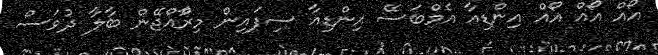
އޯއް އޯއް އޯއް އިންޑިއާ އެމްބަސޭ އިންޑިއާ ސިފައިން މިރާްއްޖޭން ބާލާ ދުވަސް